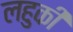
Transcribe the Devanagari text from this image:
लहुकी